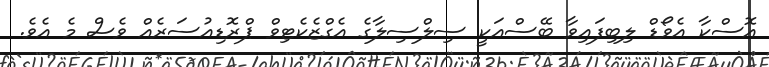
އޮސްކާ އެވޯޑް ލިބިފައިވާ ބޭސްއަކީ ސިލްސިލާގެ އެގްޒެކެޓިވް ޕްރޮޑިއުސަރެއް ވެސް މެ އެވެ.